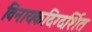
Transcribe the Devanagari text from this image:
विनायकदिग्दर्शित